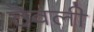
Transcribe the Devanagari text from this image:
ठॆवली